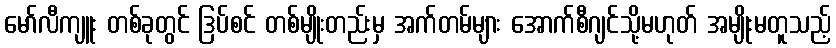
မော်လီကျူး တစ်ခုတွင် ဒြပ်စင် တစ်မျိုးတည်းမှ အက်တမ်များ အောက်စီဂျင်သို့မဟုတ် အမျိုးမတူသည့်